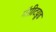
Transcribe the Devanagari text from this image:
मॅग्नीटय़ूड